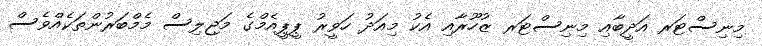
މިނިސްޓަރ އަދީބާއި މިނިސްޓަރ ޒުހޫރާއި އެކު މިއަދު ހަވީރު ޕީޕީއެމްގެ މަޖިލިސް މެމްބަރުންތަކެއްވެސް